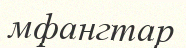
мфангтар